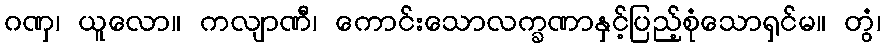
ဂဏှ၊ ယူလော။ ကလျာဏီ၊ ကောင်းသောလက္ခဏာနှင့်ပြည့်စုံသောရှင်မ။ တွံ၊